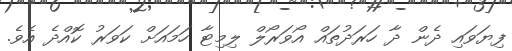
ފިޔަވައި ދެން ދާ ހަރަދުތައް އޯވަރޯލް ލިމިޓާ ހަމައަށް ކަވަރު ކޮއްދެ އެވެ.